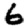
Digit: 6